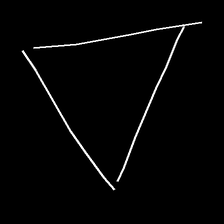
Glyph: convergence